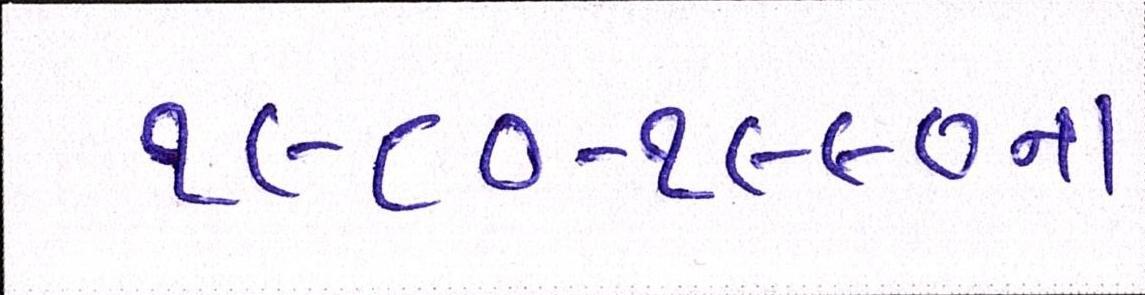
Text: ૧૯૮૦-૧૯૯૦ના